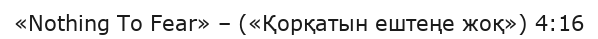
«Nothing To Fear» – («Қорқатын ештеңе жоқ») 4:16